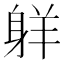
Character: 𦎒